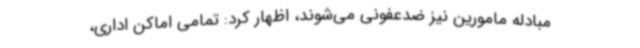
مبادله مامورین نیز ضدعفونی می‌شوند، اظهار کرد: تمامی اماکن اداری،